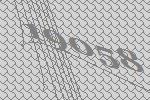
19058